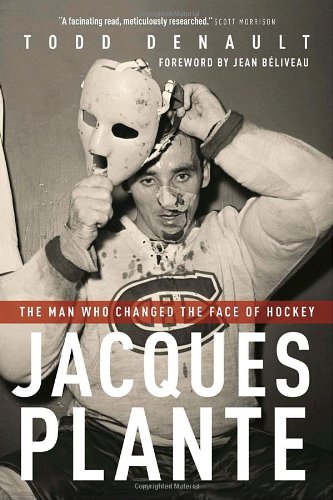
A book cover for Jacques Plante: The Man Who Changed the Face of Hockey; Todd Denault; Biographies & Memoirs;